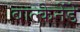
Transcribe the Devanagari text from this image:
बाल्केनेंडे